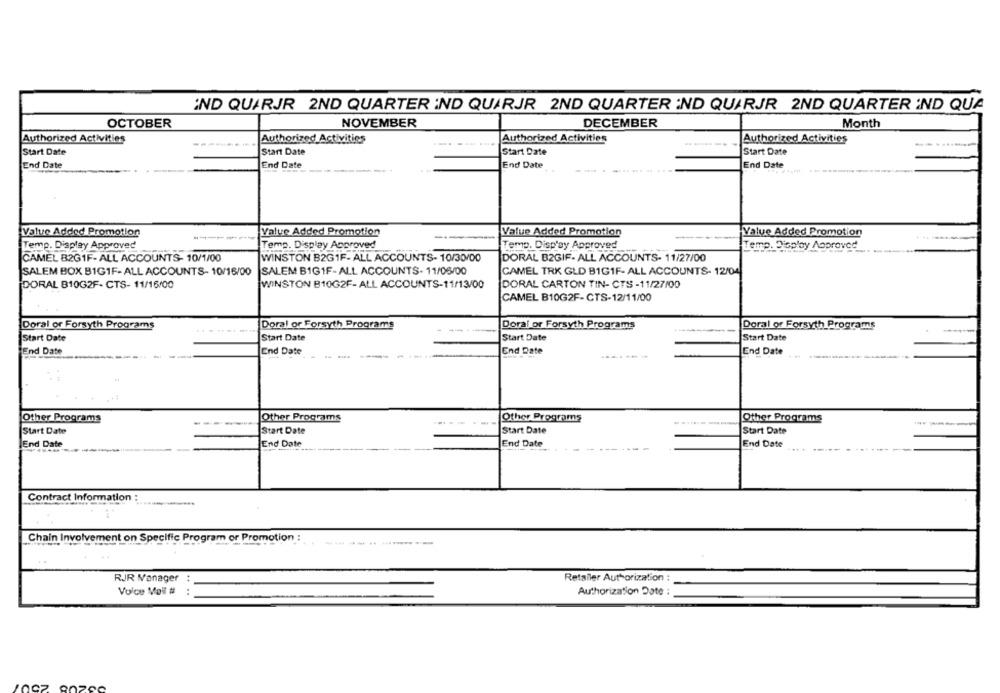
IND QUARJR 2ND QUARTER IND QUARJR 2ND QUARTER IND QUARJR 2ND QUARTER IND QUA
OCTOBER
NOVEMBER
DECEMBER
Month
Authorized Activities
Authorized Activities
Authorized Activities
Authorized Activities
...
Start Date
Start Date
Start Date
Start Date
End Date
End Date
End Date
End Date
-------------- +
Value Added Promotion
Value Added Promotion
Value Added Promotion
---
Value Added Promotion
Temp. Display Approved
Temp. Display Approved
Temp. Display Approved
Temp. Display Approved
CAMEL B2G1F-ALL ACCOUNTS- 10/1/00
WINSTON B2G1F- ALL ACCOUNTS- 10/30/00
DORAL B2GIF- ALL ACCOUNTS- 11/27/00
SALEM BOX B1G1F- ALL ACCOUNTS- 10/16/00
SALEM B1G1F- ALL ACCOUNTS- 11/06/00
CAMEL TRK GLD B1GIF- ALL ACCOUNTS- 12/04
DORAL B10G2F- CTS- 11/16/00
WINSTON B10G2F-ALL ACCOUNTS-11/13/00
DORAL CARTON TIN- CTS -11/27/00
CAMEL B10G2F- CTS-12/11/00
Doral or Forsyth Programs
Doral or Forsyth Programs
Doral or Forsyth Programs
Doral or Forsyth Programs
Start Date
Start Date
Start Date
Start Date
End Date
End Date
End Date
End Date
--
Other Programs
Other Programs
Other Programs
Other Programs
Start Date
Start Date
Start Date
Start Date
End Date
End Date
End Date
End Date
Contract Information :
Chain Involvement on Specific Program or Promotion :
RJR Manager
:
Retailer Authorization :
Voice Voll #
:
Authorization Date :